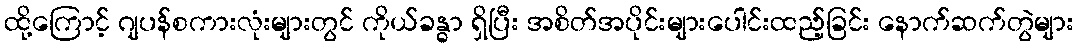
ထို့ကြောင့် ဂျပန်စကားလုံးများတွင် ကိုယ်ခန္ဓာ ရှိပြီး အစိတ်အပိုင်းများပေါင်းထည့်ခြင်း နောက်ဆက်တွဲများ